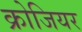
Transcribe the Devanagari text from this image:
क्रोजियर